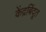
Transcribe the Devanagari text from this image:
केंद्रबिंदूत